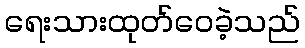
ရေးသားထုတ်ဝေခဲ့သည်